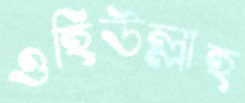
ওহিউল্লাহ